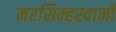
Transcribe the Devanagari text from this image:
नरसिम्हस्वामी